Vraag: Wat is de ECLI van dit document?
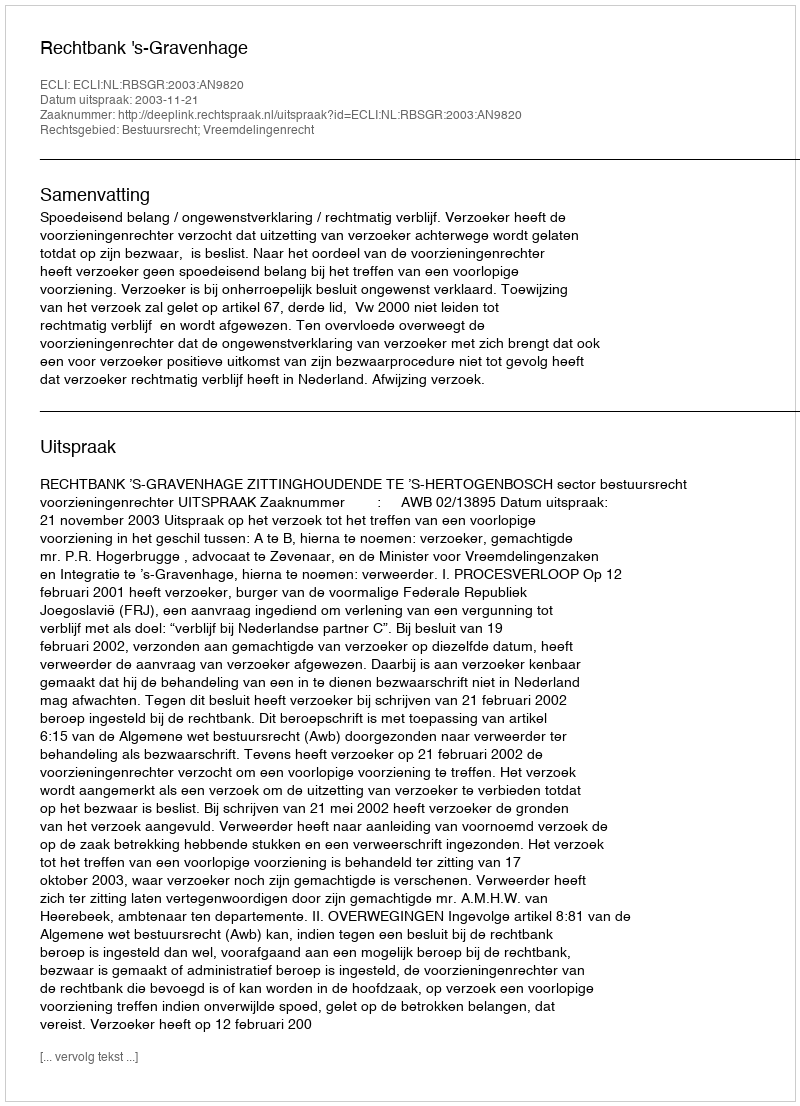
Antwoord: ECLI:NL:RBSGR:2003:AN9820